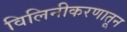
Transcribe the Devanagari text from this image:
विलिनीकरणातून